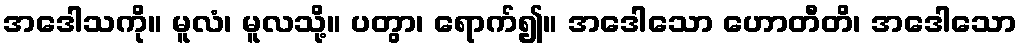
အဒေါသကို။ မူလံ၊ မူလသို့။ ပတွာ၊ ရောက်၍။ အဒေါသော ဟောတီတိ၊ အဒေါသော